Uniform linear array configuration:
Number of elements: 32
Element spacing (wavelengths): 0.5
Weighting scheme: kaiser
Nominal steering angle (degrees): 45
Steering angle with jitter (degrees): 44.824
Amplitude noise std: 0.05
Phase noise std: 0.05

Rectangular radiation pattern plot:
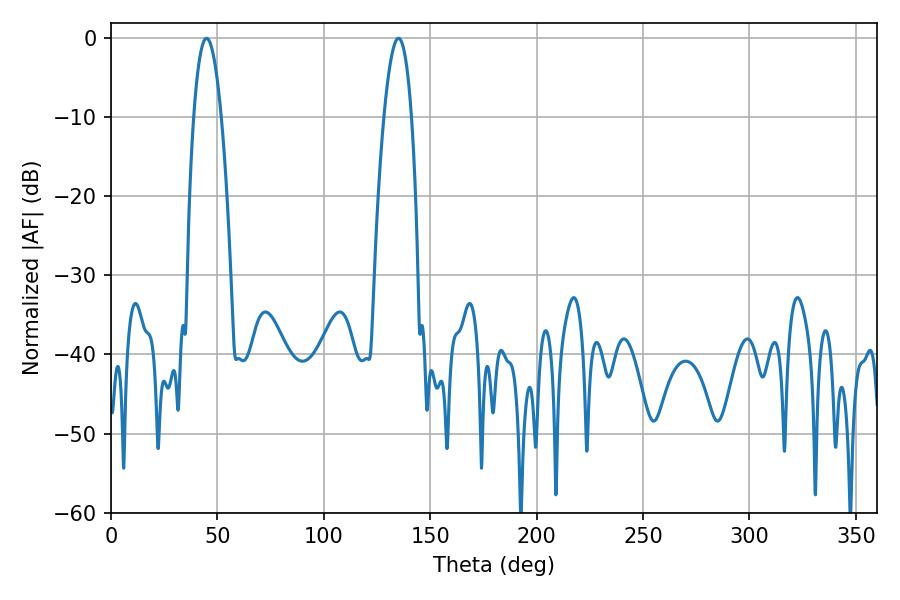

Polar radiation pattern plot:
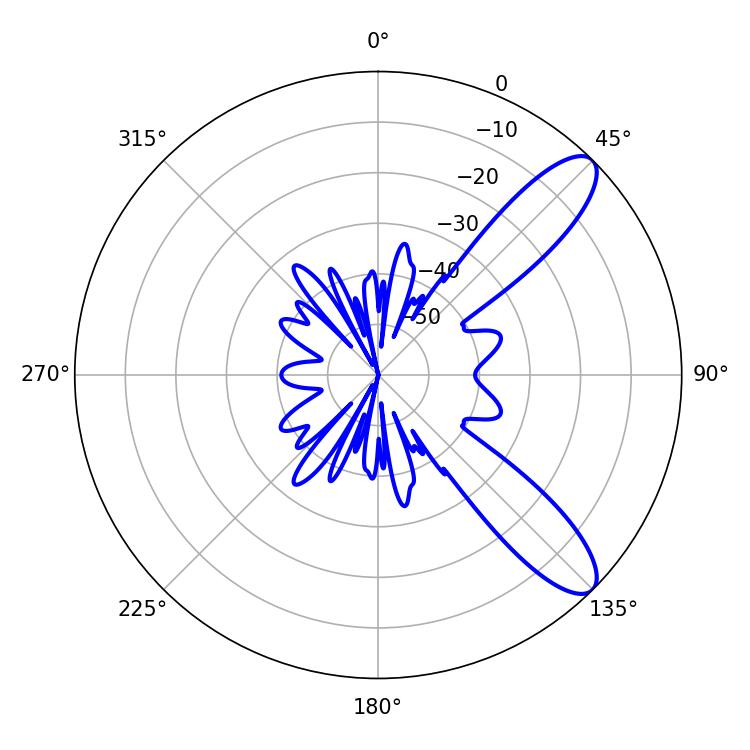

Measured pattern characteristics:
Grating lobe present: FALSE
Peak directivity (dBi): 10.222
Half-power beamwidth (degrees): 7.2
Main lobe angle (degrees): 44.82